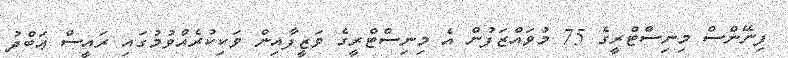
ފިނޭންސް މިނިސްޓްރީގެ 75 މުވައްޒަފުން އެ މިނިސްޓްރީގެ ވަޒީފާއިން ވަކިކުރެއްވުމުގައި ރައީސް ޢަބްދު